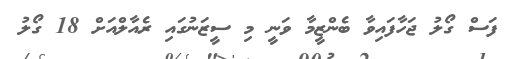
ފަސް ގޯލު ޖަހާފައިވާ ބެންޒީމާ ވަނީ މި ސީޒަނުގައި ރެއާލްއަށް 18 ގޯލު